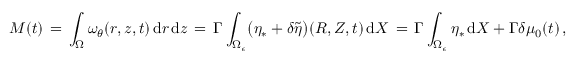
M ( t ) \, = \, \int _ { \Omega } \omega _ { \theta } ( r , z , t ) \, \mathrm { d } r \, \mathrm { d } z \, = \, \Gamma \int _ { \Omega _ { \epsilon } } \bigl ( \eta _ { * } + \delta \tilde { \eta } \bigr ) ( R , Z , t ) \, \mathrm { d } X \, = \, \Gamma \int _ { \Omega _ { \epsilon } } \eta _ { * } \, \mathrm { d } X + \Gamma \delta \mu _ { 0 } ( t ) \, ,